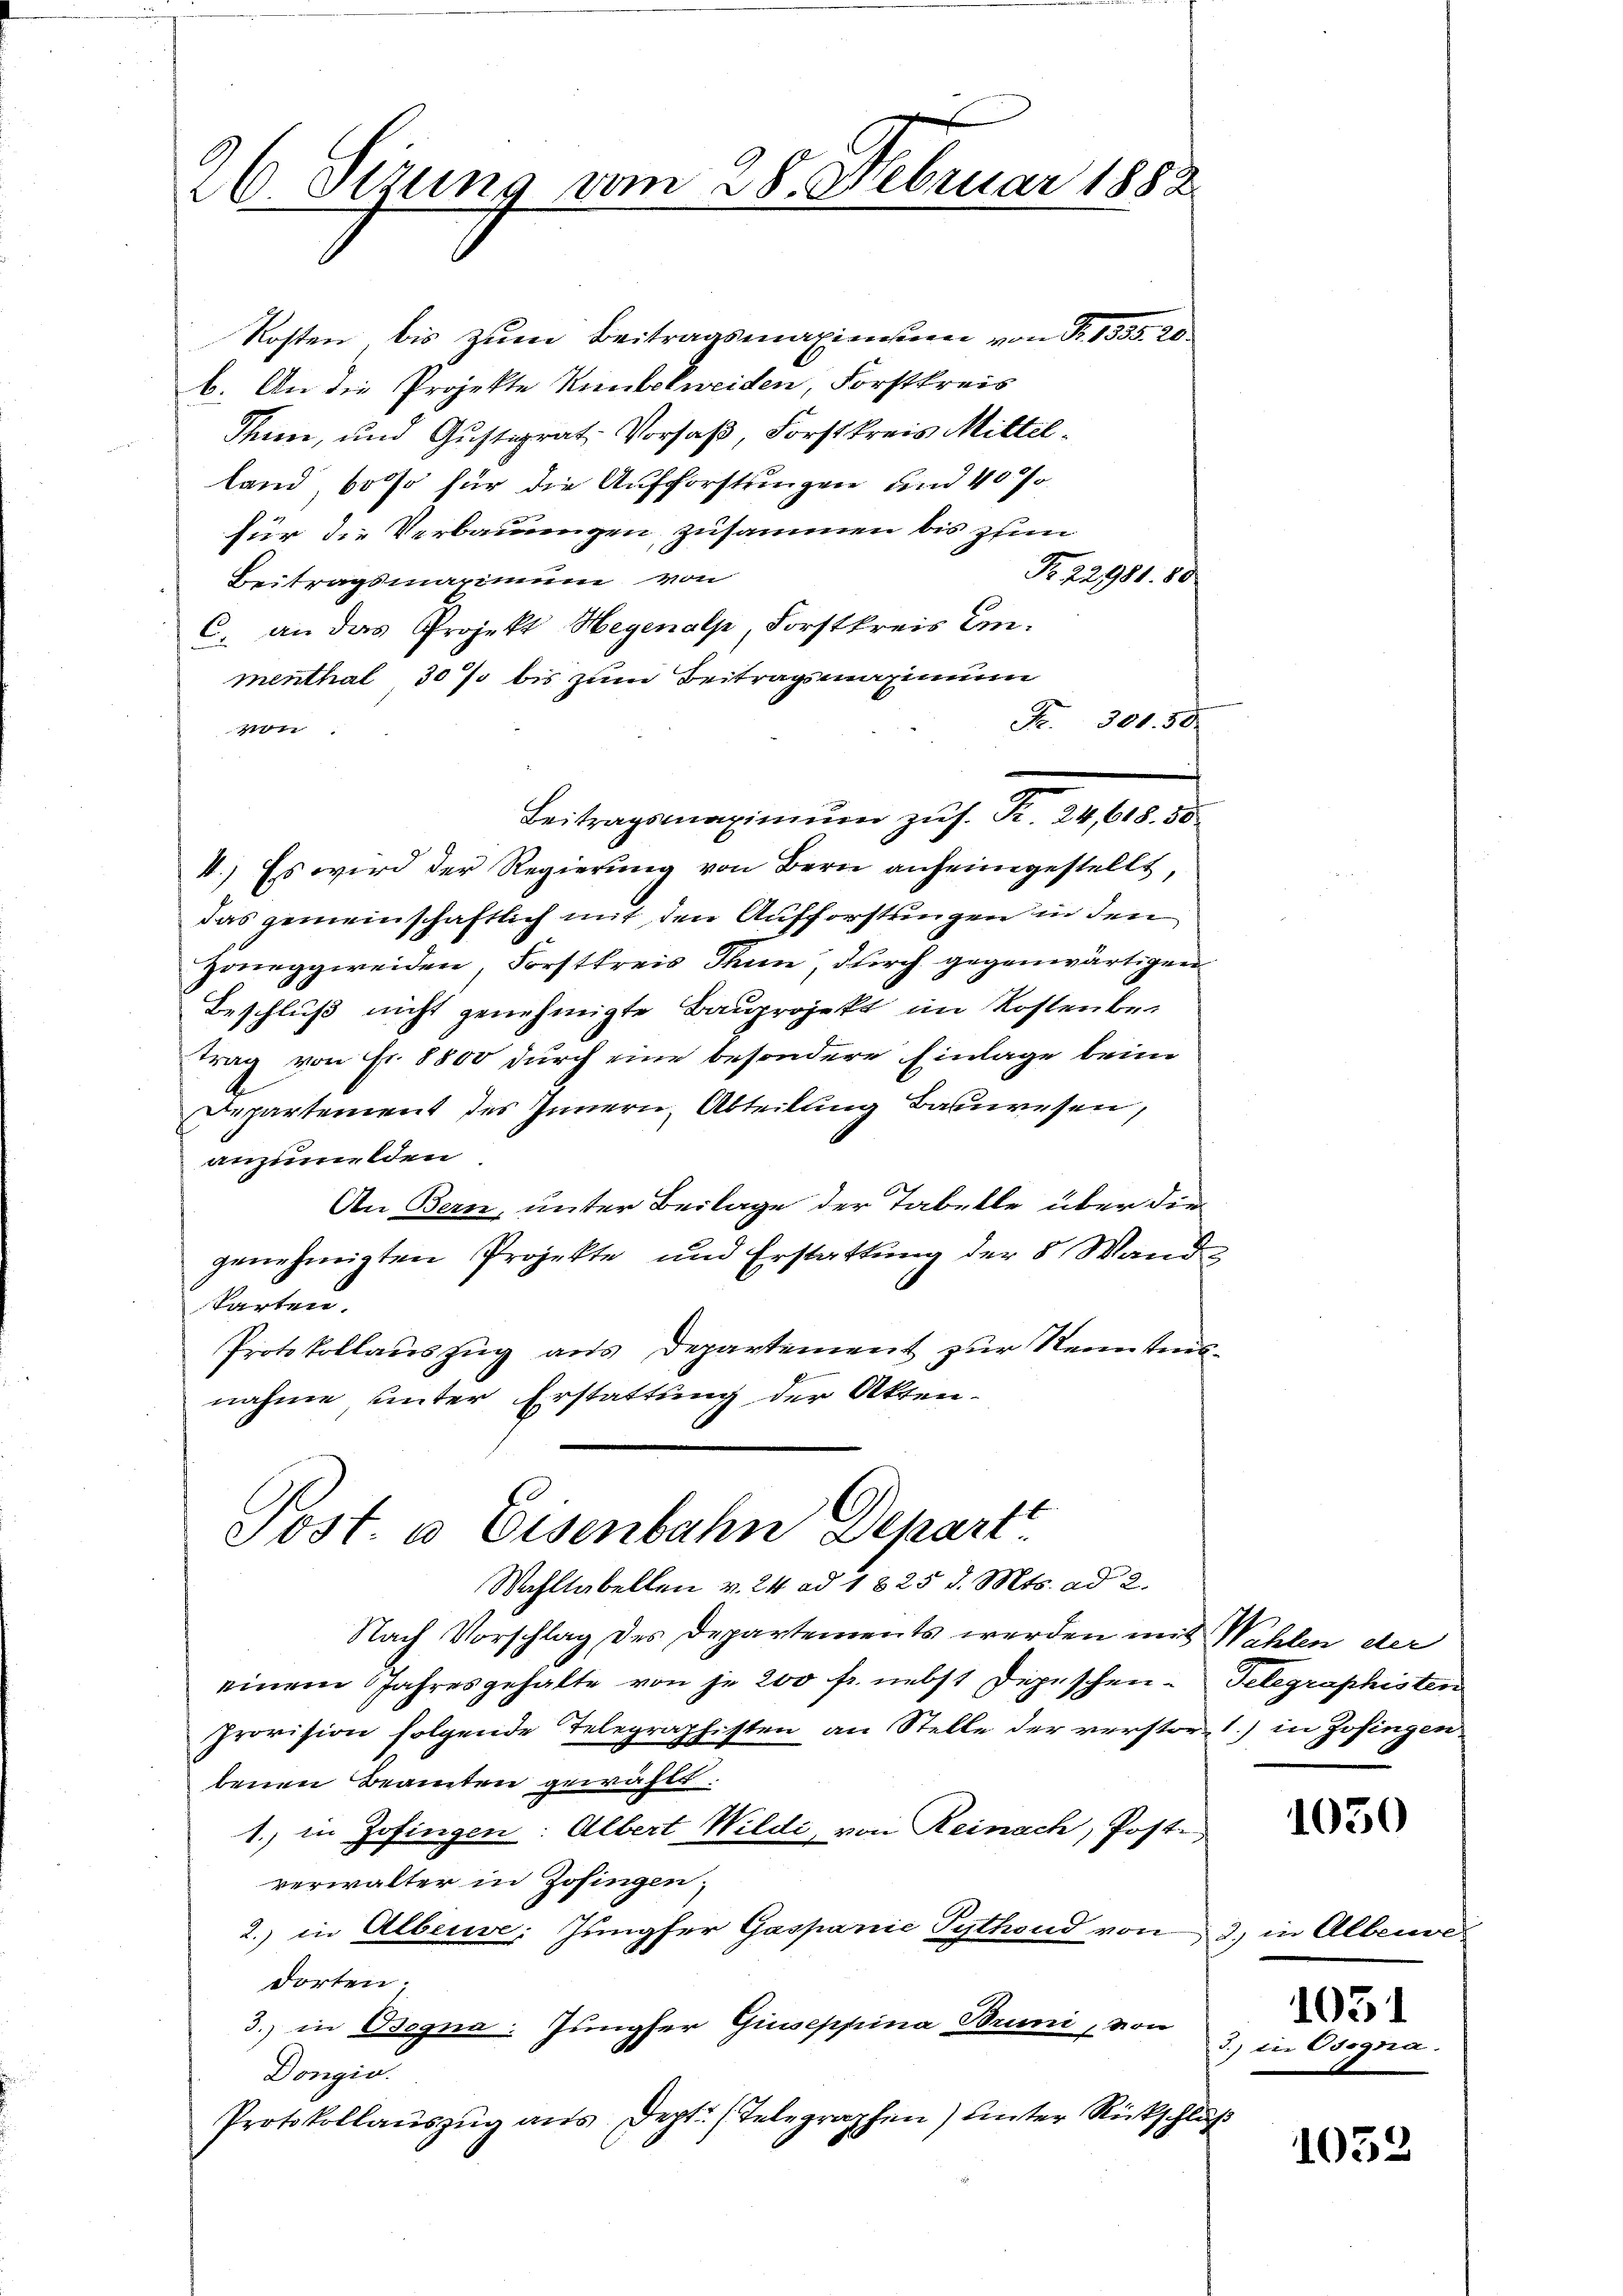
26. Sezung vom 28. Februar 1882

Kosten bis zum Beitragsmaxiennen von R. 1355. 20
b. An die Projekte Kümbelweiden, Forstkreis
Thin, und Gustizrat Vorsaß, Forstkreis Mittelland, bosso für die Aufforstungen und 40 P
für die Verbauungen zusammen bis zum
Fr. 22981. 80
Beitragsmarinium von
C. an das Projekt Hegenalp, Forstkreis Emmenthal 30 % bis zum Beitragsmaximum
241
Beitragsmaximum zus. R. 24,618. 50
4.) Es wird der Regierung von Bern anheimgestellt,
das gemeinschaftlich mit den Aufforstungen in den
Zoneggweiden, Forstkreis Thun, durch gegenwärtigen
Beschluß nicht genehmigte Bauprojekt im Kostenbetrag von Fr. 8800 durch eine besondere Einlage beim
A.
Departement des Innern, Abteilung Bauwesen,
anzumelden
An Bern, unter Beilage der Tabelle über die
genehmigten Projekte und Erstattung der 8 Wand-
karten.
Protokollauszug aus Departement zur Kenntennahme unter Erstattung der Akten-
f

Post. a Eisenbahn Depart

Nr. 301. 50.

Wahllabellen v. 24. ad 1825 d. Mts. ad 2.
Nach Vorschlag des Departements werden mit Wahlen der
einem Jahresgehalte von je 200 fr. nebst Depeschen Telegraphisten
Provision folgende Telegraphisten an Stelle der verstor 1) in Zofingen
lenen Beamten gewählt.
1. in Zofingen: Albert Wildi, von Reinach, Post-
verwalter in Zofingen;
2. in Alberse: Jungfer Gaspanie Pythend von 3) in Albeuve
dorten.
3.) in Osogna. Jungfer Giuseppina Bruni, von
i
Dongia.
Protokollaŭszŭg ans Dept. (Telegraphen) hinter Rückschluß

2

1050

1031

2.) die Osogria.

1032